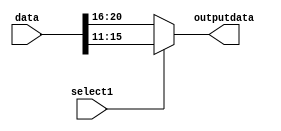
module write_reg_MUX (
    input wire select1,     // Select signal
    input wire [31:0] data,// 32-bit input data
    output wire [4:0] outputdata 
);

assign outputdata = (select1) ? data[15:11] : data[20:16];

endmodule